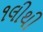
૧લીથી